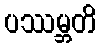
ပဿမ္ဘတိ